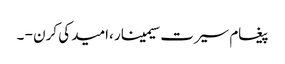
پیغام سیرت سیمینار ،امید کی کرن - ۔